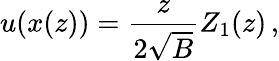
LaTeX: u(x(z))=\frac{z}{2\sqrt{B}}Z_{1}(z)\, ,